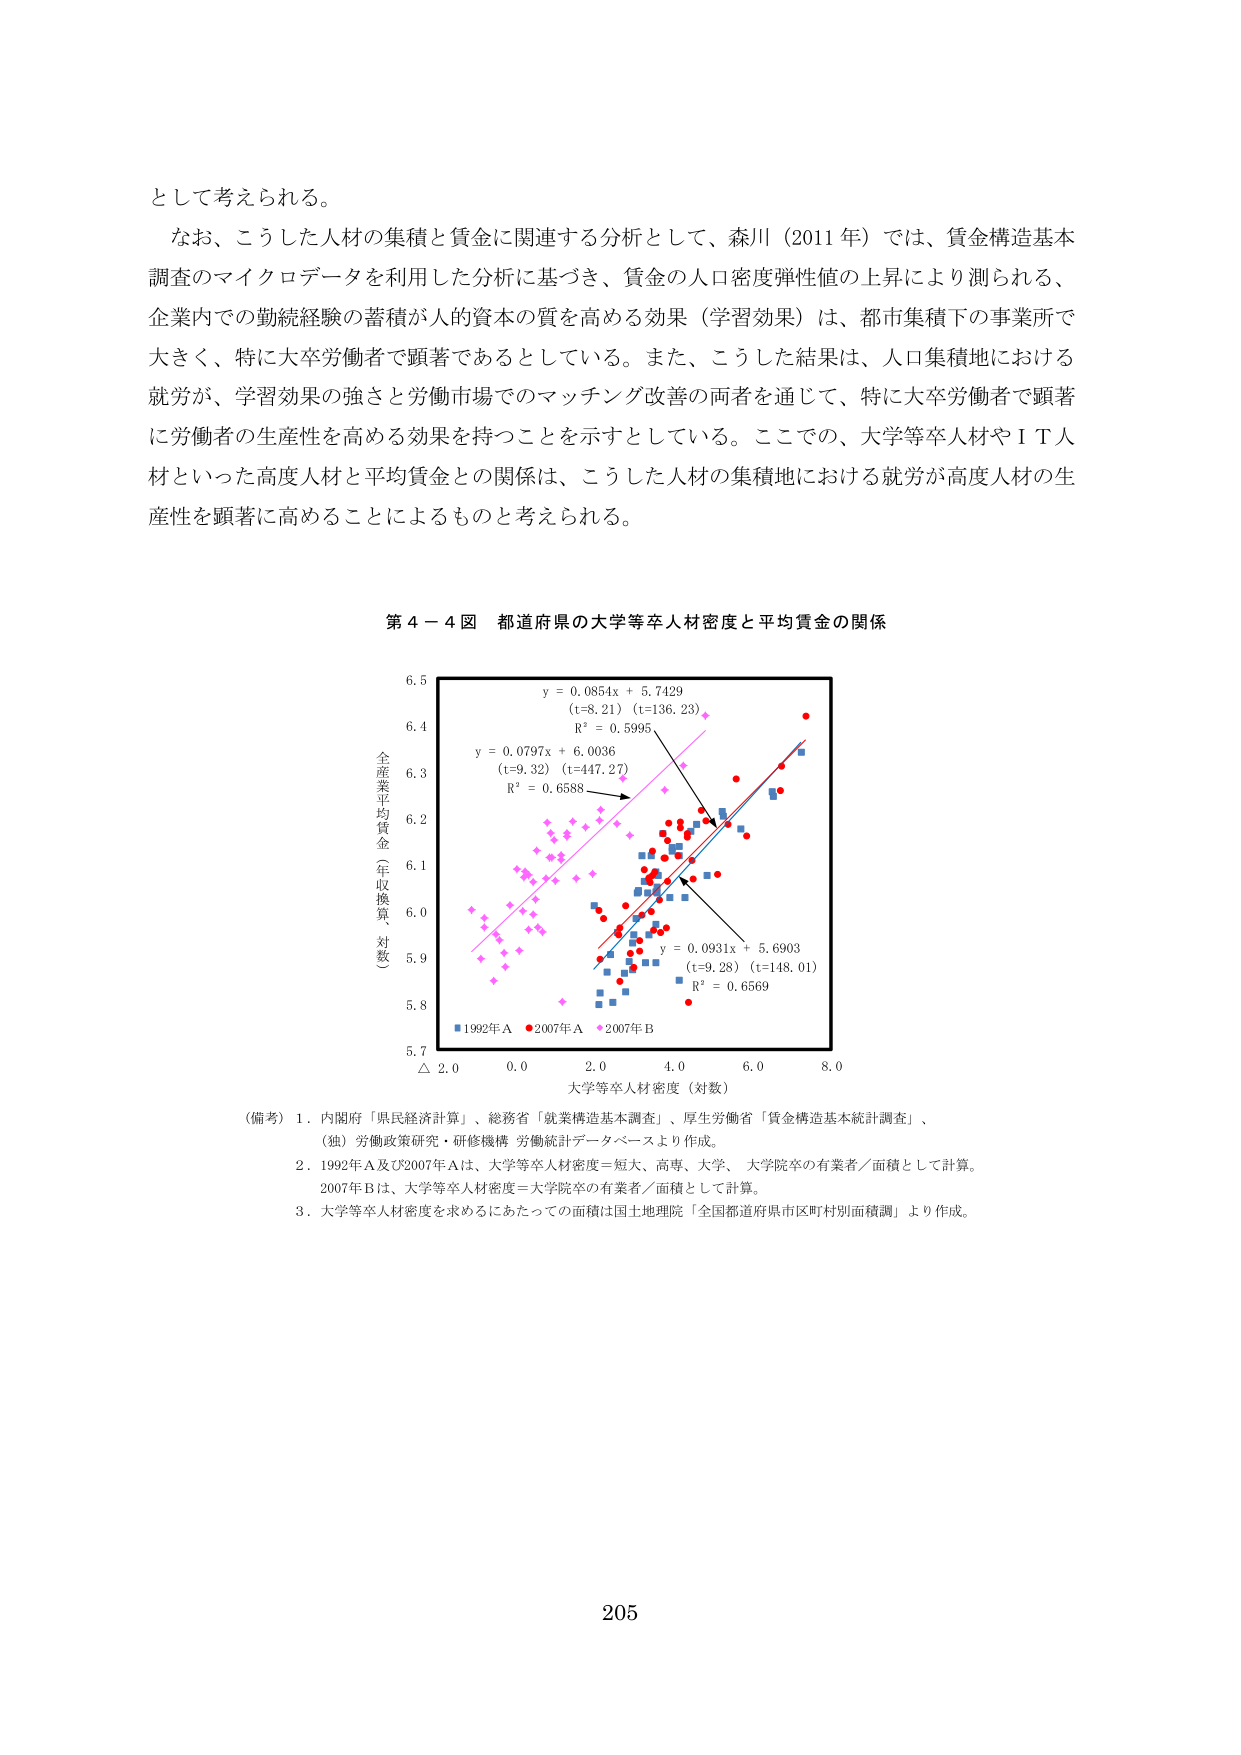
として考えられる。

なお、こうした人材の集積と賃金に関連する分析として、森川（2011年）では、賃金構造基本調査のマイクロデータを利用した分析に基づき、賃金の人口密度弾性値の上昇により測られる、企業内での勤続経験の蓄積が人的資本の質を高める効果（学習効果）は、都市集積下の事業所で大きく、特に大卒労働者で顕著であるとしている。また、こうした結果は、人口集積地における就労が、学習効果の強さと労働市場でのマッチング改善の両者を通じて、特に大卒労働者で顕著に労働者の生産性を高める効果を持つことを示すとしている。ここでの、大学等卒人材やＩＴ人材といった高度人材と平均賃金との関係は、こうした人材の集積地における就労が高度人材の生産性を顕著に高めることによるものと考えられる。

第4－4図 都道府県の大学等卒人材密度と平均賃金の関係

全産業平均賃金（年収換算、対数）
6.5
6.4
6.3
6.2
6.1
6.0
5.9
5.8
5.7

y = 0.0854x + 5.7429
(t=8.21) (t=136.23)
R² = 0.5995

y = 0.0797x + 6.0036
(t=9.32) (t=447.27)
R² = 0.6588

y = 0.0931x + 5.6903
(t=9.28) (t=148.01)
R² = 0.6569

△ 2.0 0.0 2.0 4.0 6.0 8.0
大学等卒人材密度（対数）

■ 1992年A ● 2007年A ◆ 2007年B

（備考）1．内閣府「県民経済計算」、総務省「就業構造基本調査」、厚生労働省「賃金構造基本統計調査」、
（独）労働政策研究・研修機構 労働統計データベースより作成。
2．1992年A及び2007年Aは、大学等卒人材密度＝短大、高専、大学、大学院卒の有業者／面積として計算。
2007年Bは、大学等卒人材密度＝大学院卒の有業者／面積として計算。
3．大学等卒人材密度を求めるにあたっての面積は国土地理院「全国都道府県市区町村別面積調」より作成。

205